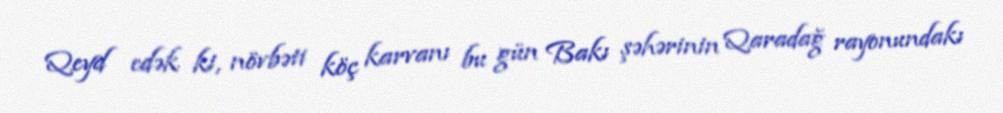
Qeyd edək ki, növbəti köç karvanı bu gün Bakı şəhərinin Qaradağ rayonundakı